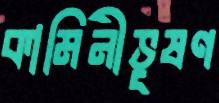
কামিনীভূষণ